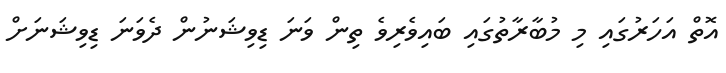
އޮތް އަހަރުގައި މި މުބާރާތުގައި ބައިވެރިވެ ތިން ވަނަ ޑިވިޝަނުން ދެވަނަ ޑިވިޝަނަށް